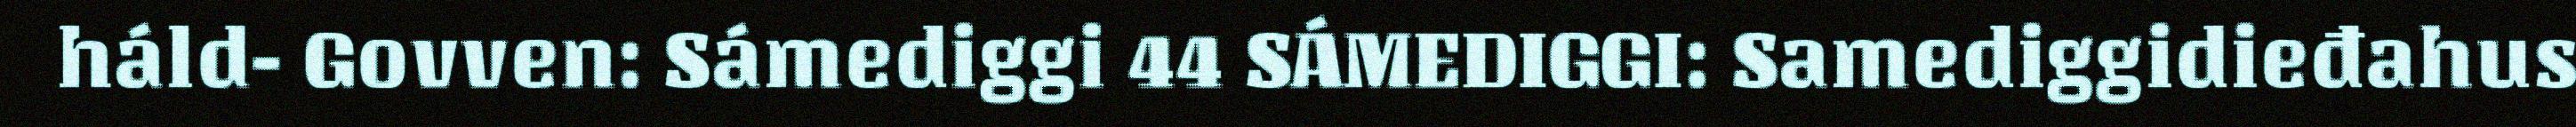
háld- Govven: Sámediggi 44 SÁMEDIGGI: Samediggidieđahus